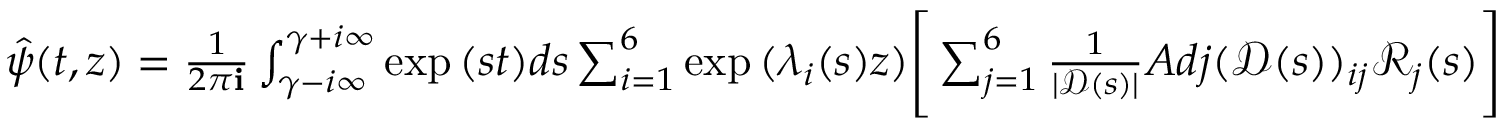
\begin{array} { r } { \hat { \psi } ( t , z ) = \frac { 1 } { 2 \pi \mathbf { i } } \int _ { \gamma - i \infty } ^ { \gamma + i \infty } \exp { ( s t ) } d s \sum _ { i = 1 } ^ { 6 } \exp { ( \lambda _ { i } ( s ) z ) } \Bigg [ \sum _ { j = 1 } ^ { 6 } \frac { 1 } { | \mathscr { D } ( s ) | } A d j ( \mathscr { D } ( s ) ) _ { i j } \mathscr { R } _ { j } ( s ) \Bigg ] } \end{array}